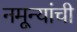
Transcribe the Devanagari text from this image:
नमून्यांची